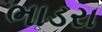
ભાડરા